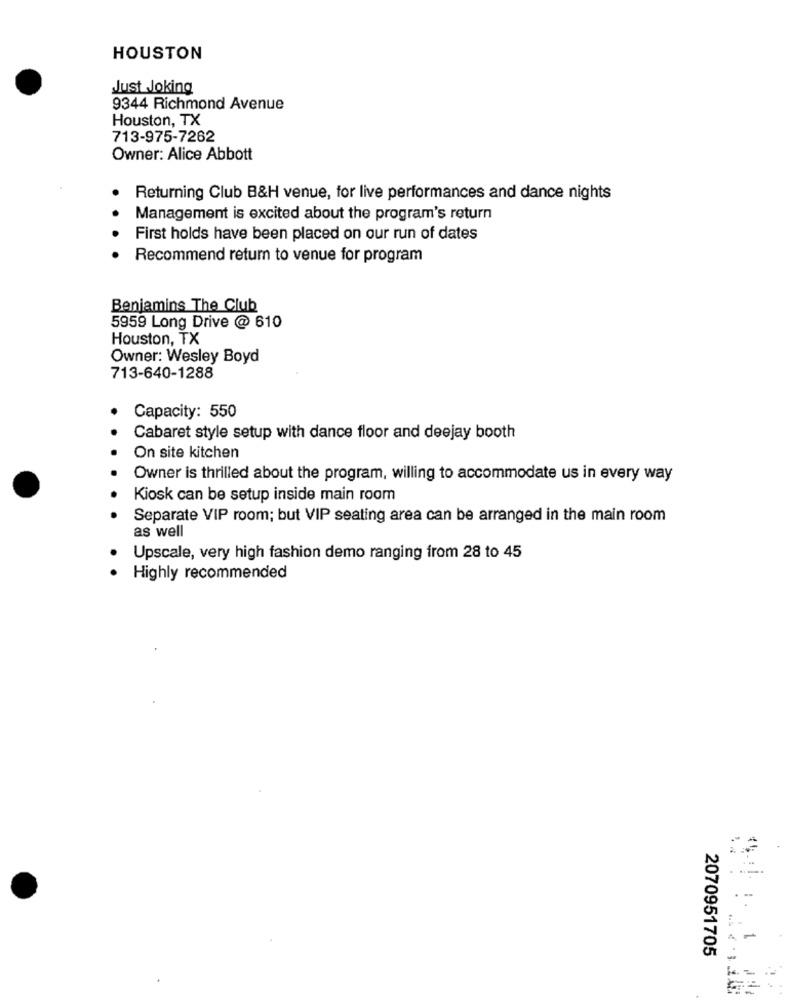
HOUSTON
Just Joking
9344 Richmond Avenue
Houston, TX
713-975-7262
Owner: Alice Abbott
Returning Club B&H venue, for live performances and dance nights
Management is excited about the program's return
First holds have been placed on our run of dates
Recommend return to venue for program
Benjamins The Club
5959 Long Drive @ 610
Houston, TX
Owner: Wesley Boyd
713-640-1288
Capacity: 550
Cabaret style setup with dance floor and deejay booth
On site kitchen
Owner is thrilled about the program, willing to accommodate us in every way
Kiosk can be setup inside main room
Separate VIP room; but VIP seating area can be arranged in the main room
as well
Upscale, very high fashion demo ranging from 28 to 45
Highly recommended
1
2070951705